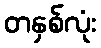
တနှစ်လုံး